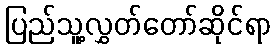
ပြည်သူ့လွှတ်တော်ဆိုင်ရာ